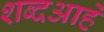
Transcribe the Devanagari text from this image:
शब्दआहे